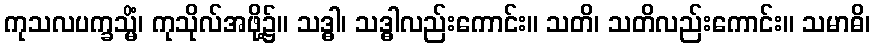
ကုသလပက္ခသ္မိံ၊ ကုသိုလ်အဖို့၌။ သဒ္ဓါ၊ သဒ္ဓါလည်းကောင်း။ သတိ၊ သတိလည်းကောင်း။ သမာဓိ၊